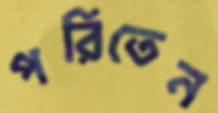
পরিতেন